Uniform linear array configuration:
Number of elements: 64
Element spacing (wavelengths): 0.25
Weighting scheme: hamming
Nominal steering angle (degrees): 45
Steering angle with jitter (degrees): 45.796
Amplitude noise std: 0.05
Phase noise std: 0.05

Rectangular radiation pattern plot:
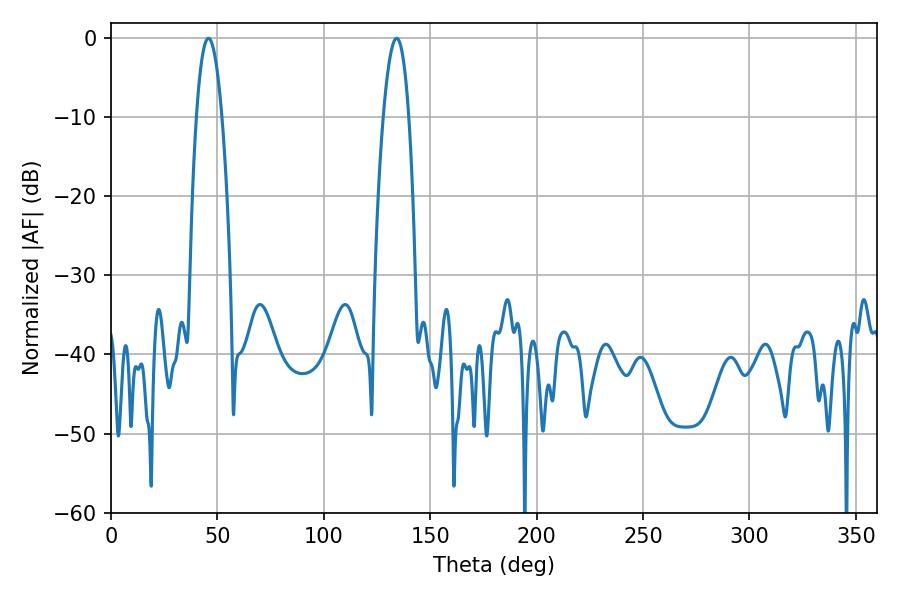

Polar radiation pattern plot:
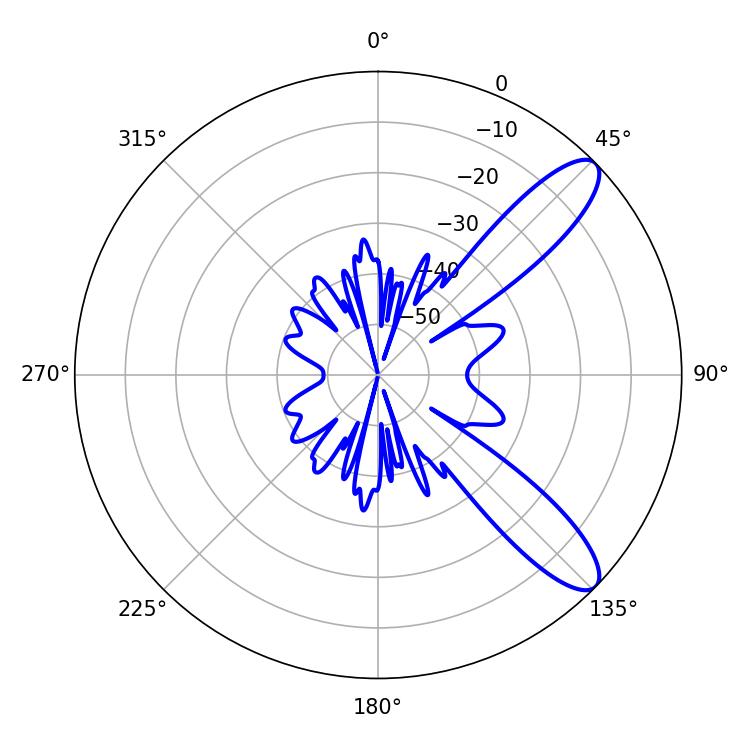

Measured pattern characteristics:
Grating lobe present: FALSE
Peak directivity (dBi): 10.488
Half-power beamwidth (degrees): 6.48
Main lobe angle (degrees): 45.72